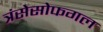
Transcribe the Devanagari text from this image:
त्रंसेसोफगल